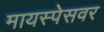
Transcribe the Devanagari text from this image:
मायस्पेसवर